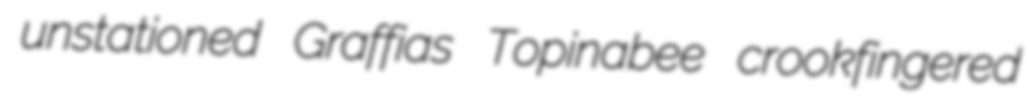
unstationed Graffias Topinabee crookfingered